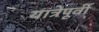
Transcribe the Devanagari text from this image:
यात्रेपूर्वी